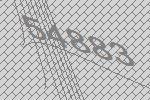
54883